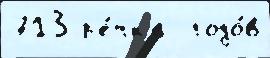
713 р'е́чк'е  годо́в